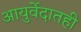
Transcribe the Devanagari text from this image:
आयुर्वेदातही